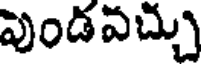
పుండవచ్చు